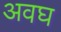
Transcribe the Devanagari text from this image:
अवघ